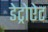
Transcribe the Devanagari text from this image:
डेट्रोऐट